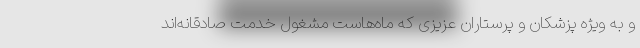
و به ویژه پزشکان و پرستاران عزیزی که ماه‌هاست مشغول خدمت صادقانه‌اند